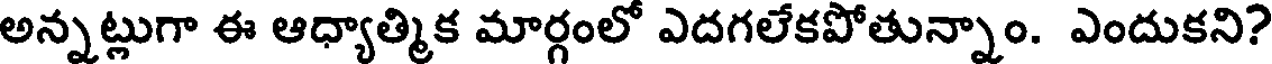
అన్నట్లుగా ఈ ఆధ్యాత్మిక మార్గంలో ఎదగలేకపోతున్నాం. ఎందుకని?